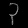
Digit: ၃